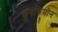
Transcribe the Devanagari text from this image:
छुनचियोन